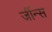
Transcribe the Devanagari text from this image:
जींन्स